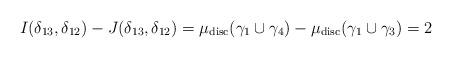
LaTeX: \begin{align*} I(\delta_{13},\delta_{12})-J(\delta_{13},\delta_{12})=\mu_{\mathrm{disc}}(\gamma_{1}\cup{\gamma_{4}})-\mu_{\mathrm{disc}}(\gamma_{1}\cup{\gamma_{3}})=2\end{align*}